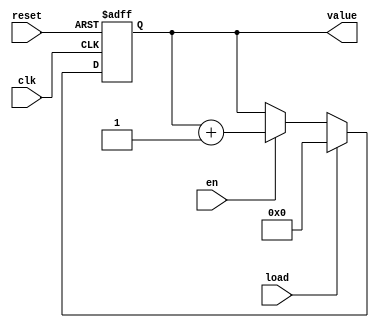
module counter(clk, reset, load, en, value);
    input clk;
    input reset;
    input load;
    input en;

    parameter WIDTH = 8;
    output[WIDTH-1:0] value;

    reg [WIDTH-1:0] value;
   
    always @(posedge clk or posedge reset)
       if (reset)	 
          value <= 0;
       else begin
       if (load) 
             value <= 0;
          else if (en)
             value <= value + 1;
      end

endmodule